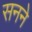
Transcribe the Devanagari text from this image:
सनने